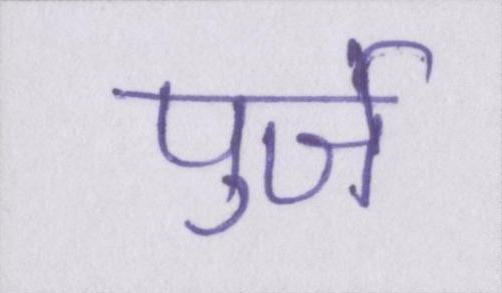
पुर्जे